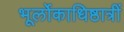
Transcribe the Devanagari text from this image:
भूर्लोकाधिष्ठात्रीं